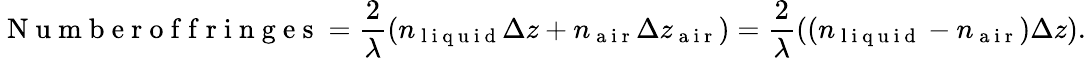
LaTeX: \mathrm{~N~u~m~b~e~r~o~f~f~r~i~n~g~e~s~}=\frac{2}{\lambda}(n_{\mathrm{~l~i~q~u~i~d~}}\Delta z+n_{\mathrm{~a~i~r~}}\Delta z_{\mathrm{~a~i~r~}})=\frac{2}{\lambda}((n_{\mathrm{~l~i~q~u~i~d~}}-n_{\mathrm{~a~i~r~}})\Delta z).